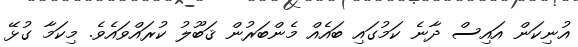
އުނިކަން އައިސް ދާނެ ކަމުގައި ބައެއް މެންބަރުން ޤަބޫލު ކުރައްވައެވެ. މިކަމާ ގުޅޭ